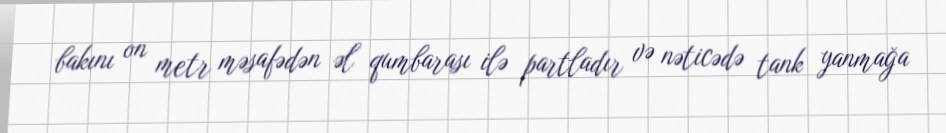
bakını on metr məsafədən əl qumbarası ilə partladır və nəticədə tank yanmağa